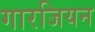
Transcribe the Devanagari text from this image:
गारजियन